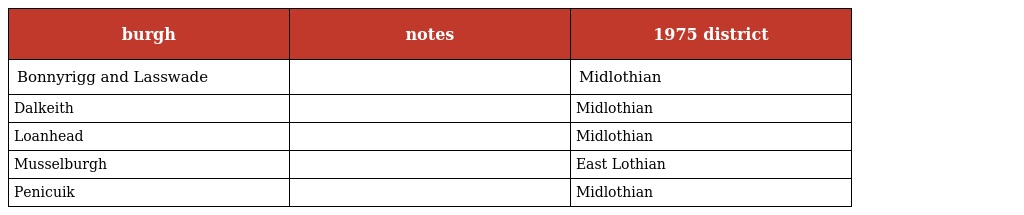
| burgh | notes | 1975 district |
 | --- | --- | --- |
 | Bonnyrigg and Lasswade |  | Midlothian |
 | Dalkeith |  | Midlothian |
 | Loanhead |  | Midlothian |
 | Musselburgh |  | East Lothian |
 | Penicuik |  | Midlothian |